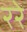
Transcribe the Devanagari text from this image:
ररे